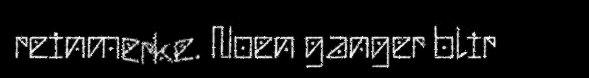
reinmerke. Noen ganger blir